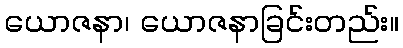
ယောဇနာ၊ ယောဇနာခြင်းတည်း။